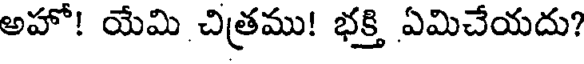
అహో! యేమి చిత్రము! భక్తి ఏమిచేయదు?